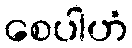
စေပါဟံ